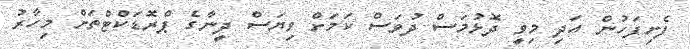
ފެށިފަހުން އަދި މިވީ ދޮޅުމަސް ދުވަސް ކަމަށް ވިޔަސް ދީނާގެ ޕްރޮޑަކްޓްތަށް މިހާރު